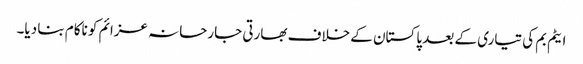
ایٹم بم کی تیاری کے بعد پاکستان کے خلاف بھارتی جارحانہ عزائم کو ناکام بنا دیا۔